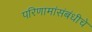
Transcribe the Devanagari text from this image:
परिणामांसंबंधीचे